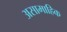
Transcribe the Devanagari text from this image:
असामाहिक